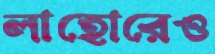
লাহোরেও